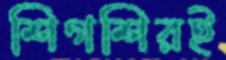
শিগশিরই